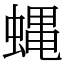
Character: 蝿